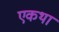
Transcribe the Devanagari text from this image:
एकथा